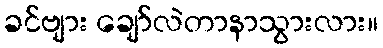
ခင်ဗျား ချော်လဲတာနာသွားလား။